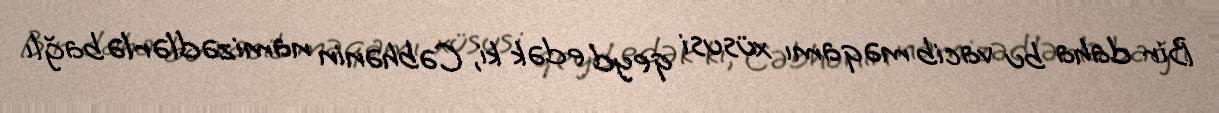
Bir daha bu vacib məqamı xüsusi qeyd edək ki, Cəbhənin namizədlərlə bağlı